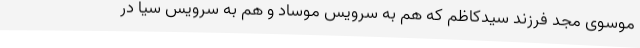
موسوی مجد فرزند سیدکاظم که هم به سرویس موساد و هم به سرویس سیا در